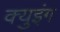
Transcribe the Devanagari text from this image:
क्युइंग